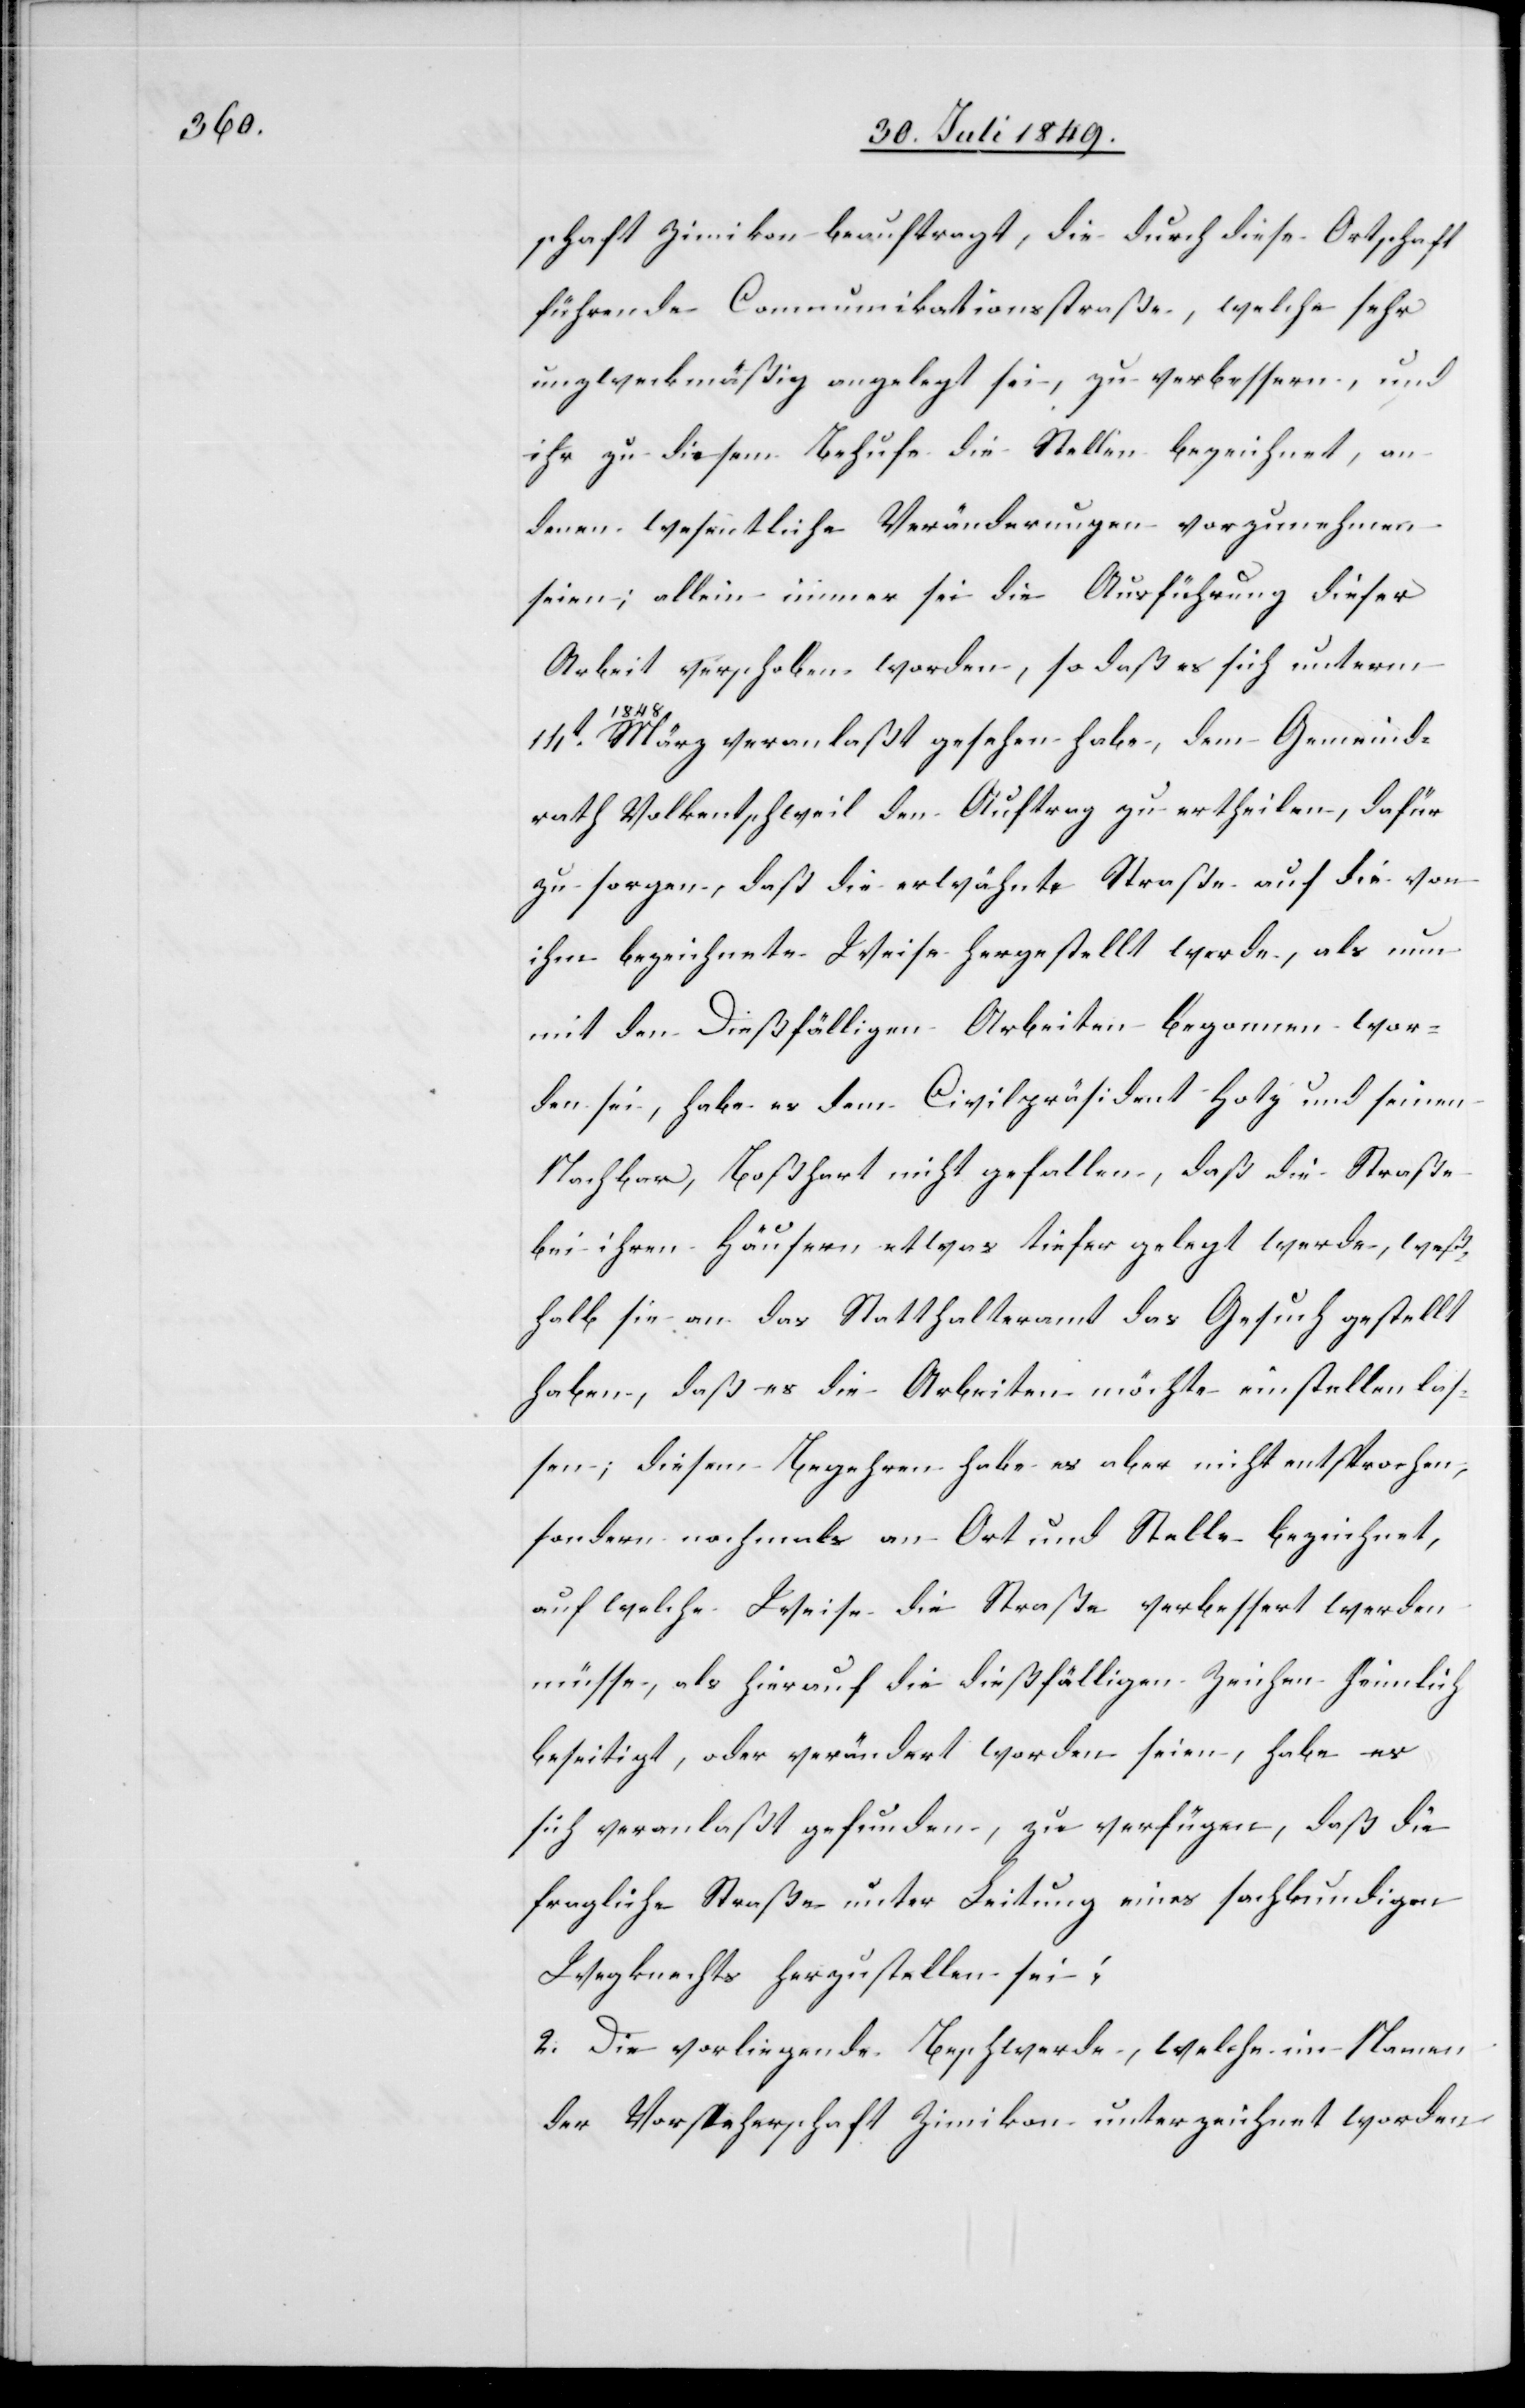
schaft Zimikon beauftragt, die durch diese Ortschaft
führende Communikationsstraße, welche sehr
unzweckmäßig angelegt sei, zu verbessern, und
ihr zu diesem Behufe die Stellen bezeichnet, an
denen wesentliche Veränderungen vorzunehmen
seien; allein immer sei die Ausführung dieser
Arbeit verschoben worden, so daß es sich unterm
14t
März veranlaßt gesehen habe, dem Gemeind¬
rath Volkentschweil den Auftrag zu ertheilen, dafür
zu sorgen, daß die erwähnte Straße auf die von
ihm bezeichnete Weise hergestellt werde, als nun
mit den dießfälligen Arbeiten begonnen wor¬
den sei, habe es dem Civilpräsident Hotz und seinen
Nachbar, Boßhart nicht gefallen, daß die Straße
bei ihren Häusern, etwas tiefer gelegt werde, weß¬
halb sie an das Statthalteramt das Gesuch gestellt
haben, daß es die Arbeiten möchte einstellen las¬
sen; diesem Begehren habe es aber nicht entsprochen,
sondern nochmals an Ort und Stelle bezeichnet,
auf welche Weise die Straße verbessert werden
müsse, als hierauf die dießfälligen Zeichen heimlich
beseitigt, oder verändert worden seien, habe es
sich veranlaßt gefunden, zu verfügen, daß die
fragliche Straße unter Leitung eines sachkundigen
Wegknechts herzustellen sei;
2. Die vorliegende Beschwerde, welche im Namen
der Vorsteherschaft Zimikon unterzeichnet worden